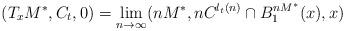
LaTeX: \begin{align*}(T_xM^*, C_t, 0) = \lim_{n \to \infty} (nM^*, nC^{l_t(n)} \cap B^{nM^*}_1(x),x)\end{align*}